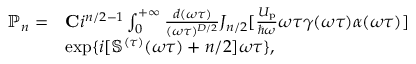
\begin{array} { r l } { \mathbb { P } _ { n } = } & { { \bf C } i ^ { n / 2 - 1 } \int _ { 0 } ^ { + \infty } \frac { d ( \omega \tau ) } { ( \omega \tau ) ^ { D / 2 } } J _ { n / 2 } [ \frac { U _ { \mathrm { p } } } { \hbar \omega } \omega \tau \gamma ( \omega \tau ) \alpha ( \omega \tau ) ] } \\ & { \exp \{ i [ \mathbb { S } ^ { ( \tau ) } ( \omega \tau ) + n / 2 ] \omega \tau \} , } \end{array}